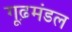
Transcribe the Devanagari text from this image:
गूढ़मंडल